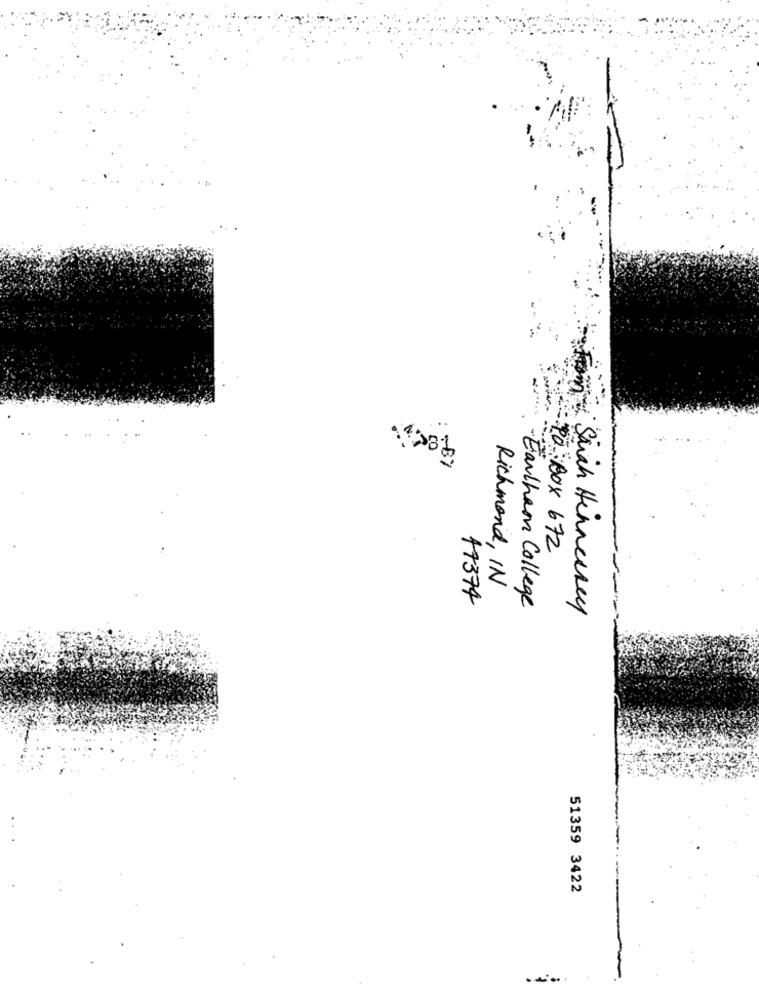
...
POBOX 672
Richmond, IN
77374
- Earlham College
Sich Hennessey
51359 3422